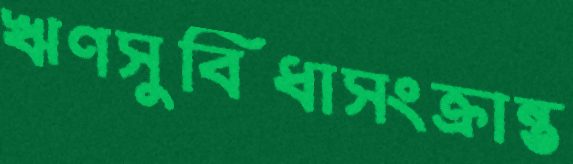
ঋণসুবিধাসংক্রান্ত